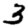
Digit: 3